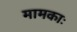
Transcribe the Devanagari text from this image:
मामकाः